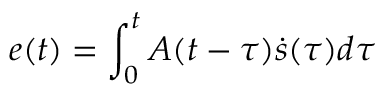
e ( t ) = \int _ { 0 } ^ { t } A ( t - \tau ) \dot { s } ( \tau ) d \tau